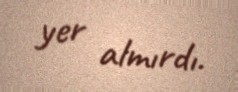
yer almırdı.